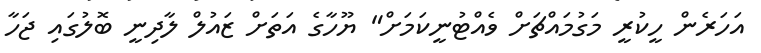
އަހަރެން ހީކުރީ މަގުމައްޗަށް ވެއްޓުނީކަމަށް" ޔޫހާގެ އަތަށް ޒައުލް ލާދިނީ ބޮލުގައި ޖަހާ